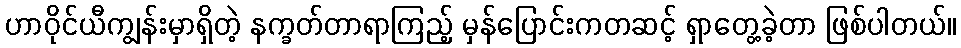
ဟာဝိုင်ယီကျွန်းမှာရှိတဲ့ နက္ခတ်တာရာကြည့် မှန်ပြောင်းကတဆင့် ရှာတွေ့ခဲ့တာ ဖြစ်ပါတယ်။